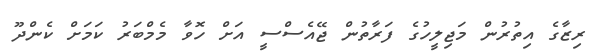
ރިޒާގެ އިތުރުން މަޖިލީހުގެ ފަރާތުން ޖޭއެސްސީ އަށް ހޮވާ މެމްބަރު ކަމަށް ކެންދޫ